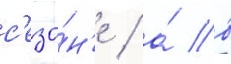
с'езо́н'е / а́ в